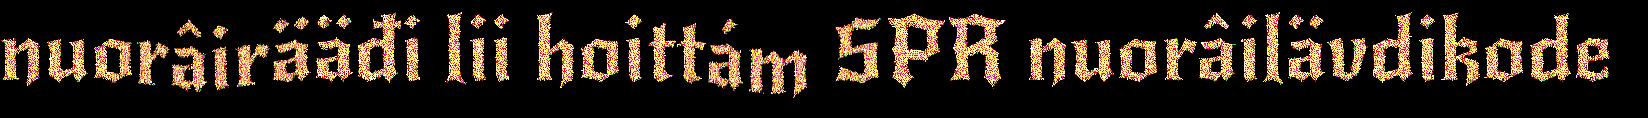
nuorâirääđi lii hoittám SPR nuorâilävdikode